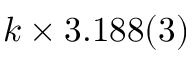
k \times 3 . 1 8 8 ( 3 )